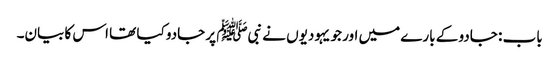
باب : جادو کے بارے میں اور جو یہودیوں نے نبیﷺ پر جادو کیا تھا اس کا بیان۔